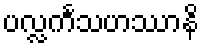
ပလ္လင်္ကသဟဿာနိ